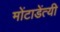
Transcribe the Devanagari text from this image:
मोंटाडेंत्यी